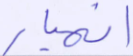
انهيار